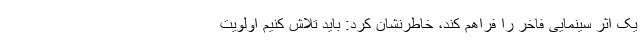
یک اثر سینمایی فاخر را فراهم کند، خاطرنشان کرد: باید تلاش کنیم اولویت